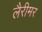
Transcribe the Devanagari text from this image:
लैरीमर